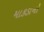
માકડાનો